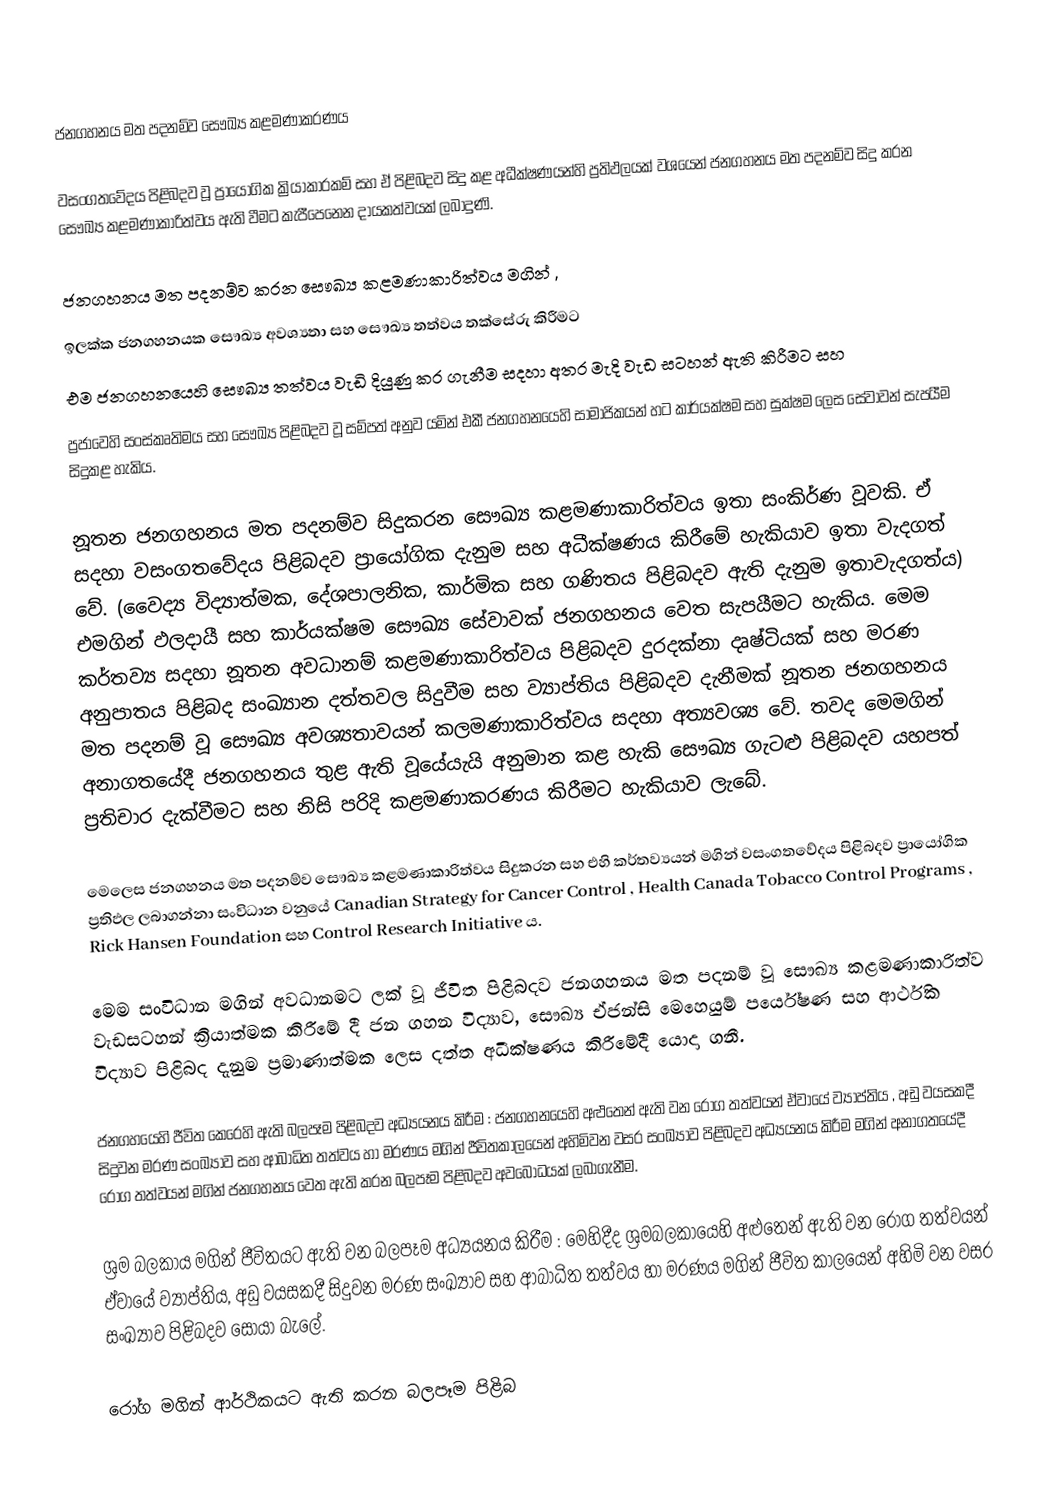

ජනගහනය මත පදනම්ව සෞඛ්‍ය කළමණාකරණය

වසංගතවේදය පිළිබදව වූ ප්‍රායෝගික ක්‍රියාකාරකම් සහ ඒ පිළිබදව සිදු කළ අධීක්ෂණයන්හි ප්‍රතිඵලයක් වශයෙන් ජනගහනය මත පදනම්ව සිදු කරන සෞඛ්‍ය කළමණාකාරිත්වය ඇති වීමට කැපීපෙනෙන දායකත්වයක් ලබාදුණි.

ජනගහනය මත පදනම්ව කරන සෞඛ්‍ය කළමණාකාරිත්වය මගින් ,
	ඉලක්ක ජනගහනයක සෞඛ්‍ය අවශ්‍යතා සහ සෞඛ්‍ය තත්වය තක්සේරු කිරීමට
	එම ජනගහනයෙහි සෞඛ්‍ය තත්වය වැඩි දියුණු කර ගැනීම සදහා අතර මැදි වැඩ සටහන් ඇති කිරීමට සහ
	ප්‍රජාවෙහි සංස්කෘතිමය සහ සෞඛ්‍ය පිළිබදව වූ සම්පත් අනුව යමින් එකී ජනගහනයෙහි සාමාජිකයන් හට කාර්යක්ෂම සහ සුක්ෂම ලෙස සේවාවන් සැපයීම සිදුකළ හැකිය. ‍‍‍‍‍‍‍‍‍‍‍‍‍‍‍‍‍‍

නූතන ජනගහනය මත පදනම්ව සිදුකරන සෞඛ්‍ය කළමණාකාරිත්වය ඉතා සංකිර්ණ වූවකි. ඒ සදහා වසංගතවේදය පිළිබදව ප්‍රායෝගික දැනුම සහ අධීක්ෂණය කිරීමේ හැකියාව ඉතා වැදගත් වේ. (වෛද්‍ය විද්‍යාත්මක, දේශපාලනික, කාර්මික සහ ගණිතය පිළිබදව ඇති දැනුම ඉතාවැදගත්ය) එමගින් ඵලදායී සහ කාර්යක්ෂම සෞඛ්‍ය සේවාවක් ජනගහනය වෙත සැපයීමට හැකිය. මෙම කර්තව්‍ය සදහා නූතන අවධානම් කළමණාකාරිත්වය පිළිබදව දුරදක්නා දෘෂ්ටියක් සහ මරණ අනුපාතය පිළිබද සංඛ්‍යාන දත්තවල සිදුවීම සහ ව්‍යාප්තිය පිළිබදව දැනීමක් නූතන ජනගහනය මත පදනම් වූ සෞඛ්‍ය අවශ්‍යතාවයන් කලමණාකාරිත්වය සදහා අත්‍යවශ්‍ය වේ. තවද මෙමගින් අනාගතයේදී ජනගහනය තුළ ඇති වූයේයැයි අනුමාන කළ හැකි සෞඛ්‍ය ගැටළු පිළිබදව යහපත් ප්‍රතිචාර දැක්වීමට සහ නිසි පරිදි කළමණාකරණය කිරීමට හැකියාව ලැබේ.

මෙලෙස ජනගහනය මත පදනම්ව සෞඛ්‍ය කළමණාකාරිත්වය සිදුකරන සහ එහි කර්තව්‍යයන් මගින් වසංගතවේදය පිළිබදව ප්‍රායෝගික ප්‍රතිඵල ලබාගන්නා සංවිධාන වනුයේ Canadian Strategy for Cancer Control , Health Canada Tobacco Control Programs , Rick Hansen Foundation සහ Control  Research Initiative ය.

මෙම සංවිධාන මගින් අවධානමට ලක් වූ ජීවිත පිළිබදව ජනගහනය මත පදනම් වූ සෞඛ්‍ය කළමණාකාරිත්ව වැඩසටහන් ක්‍රියාත්මක කිරීමේ දී ජන ගහන විද්‍යාව, සෞඛ්‍ය ඒජන්සි මෙහෙයුම් පර්යේෂණ සහ ආර්ථික විද්‍යාව පිළිබද දැනුම ප්‍රමාණාත්මක ලෙස දත්ත අධීක්ෂණය කිරීමේදී යොදා ගනී.

	ජනගහයෙහි ජීවිත කෙරෙහි ඇති බලපෑම පිළිබදව අධ්‍යයනය කිරීම :  ජනගහනයෙහි අළුතෙන් ඇති වන රෝග තත්වයන් ඒවායේ ව්‍යාප්තිය , අඩු වයසකදී සිදුවන මරණ සංඛ්‍යාව සහ ආබාධිත තත්වය හා මරණය මගින් ජීවිතකාලයෙන්  අහිමිවන වසර සංඛ්‍යාව පිළිබදව අධ්‍යයනය කිරීම මගින් අනාගතයේදී රෝග තත්වයන් මගින් ජනගහනය වෙත ඇති කරන බලපෑම පිළිබදව අවබෝධයක් ලබාගැනීම.

	ශ්‍රම බලකාය මගින් ජීවිතයට ඇති වන බලපෑම අධ්‍යයනය කිරීම : මෙහිදීද ශ්‍රමබලකායෙහි අළුතෙන් ඇති වන රෝග තත්වයන් ඒවායේ ව්‍යාප්තිය, අඩු වයසකදී සිදුවන මරණ සංඛ්‍යාව සහ ආබාධිත තත්වය හා මරණය මගින් ජීවිත කාලයෙන් අහිමි වන වසර සංඛ්‍යාව පිළිබදව සොයා බැලේ.

	රෝග මගින් ආර්ථිකයට ඇති කරන බලපෑම පිළිබ